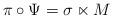
LaTeX: \begin{align*}\pi\circ\Psi=\sigma\ltimes M\end{align*}